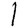
Digit: 1